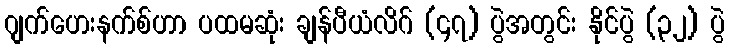
ဂျက်ဟေးနက်စ်ဟာ ပထမဆုံး ချန်ပီယံလိဂ် (၄၇) ပွဲအတွင်း နိုင်ပွဲ (၃၂) ပွဲ